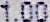
1.00